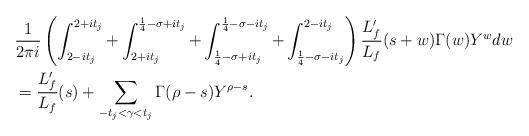
LaTeX: \begin{align*}&\frac{1}{2 \pi i} \left( \int_{2-i t_j}^{2+i t_j} + \int_{2+i t_j}^{\frac{1}{4}-\sigma+i t_j} + \int_{\frac{1}{4}-\sigma+i t_j}^{\frac{1}{4}-\sigma-i t_j} + \int_{\frac{1}{4}-\sigma-i t_j}^{2-i t_j} \right) \frac{L_f'}{L_f}(s+w) \Gamma(w) Y^w dw \\&= \frac{L_f'}{L_f}(s) + \sum_{-t_j < \gamma < t_j} \Gamma(\rho-s) Y^{\rho-s}. \\\end{align*}